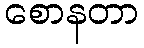
စောနတာ